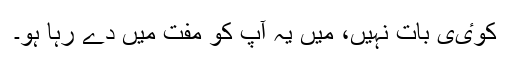
کوٸی بات نہیں، میں یہ آپ کو مفت میں دے رہا ہو۔